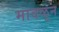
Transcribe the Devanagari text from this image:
मावळून